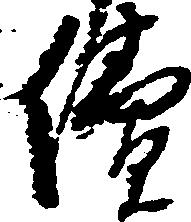
続